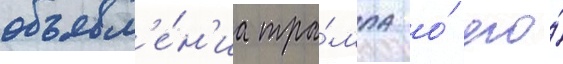
объявл'е́н'иа тра́мпа о́ его́